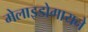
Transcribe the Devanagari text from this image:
मेलाइडोगायने